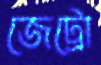
জেট্রো